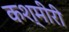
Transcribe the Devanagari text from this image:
कश्‍मीरी